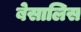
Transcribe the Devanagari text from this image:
बेसालिस